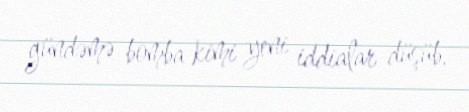
gündəmə bomba kimi yeni iddialar düşüb.